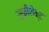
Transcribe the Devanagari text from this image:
सफीशेन्ट